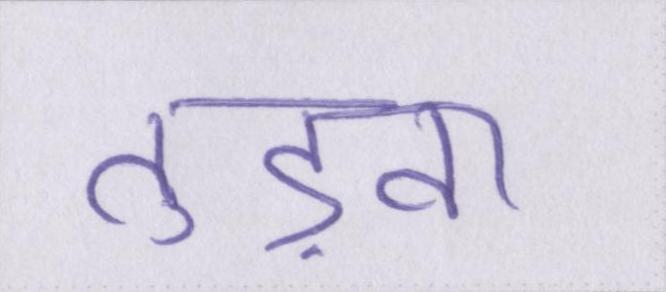
तुड़वा